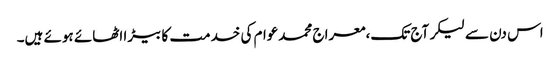
اس دن سے لیکر آج تک،معراج محمدعوام کی خدمت کا بیڑا اٹھائے ہوئے ہیں۔